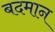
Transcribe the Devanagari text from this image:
बदमान